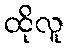
ထိုလူ